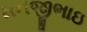
મનજીભાઇ